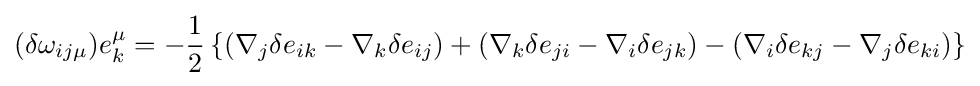
(\delta \omega _{ij\mu })e_{k}^{\mu }=-{\frac {1}{2}}\left\{(\nabla _{j}\delta e_{ik}-\nabla _{k}\delta e_{ij})+(\nabla _{k}\delta e_{ji}-\nabla _{i}\delta e_{jk})-(\nabla _{i}\delta e_{kj}-\nabla _{j}\delta e_{ki})\right\}